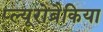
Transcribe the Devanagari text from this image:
प्ल्यूरोब्रैकिया